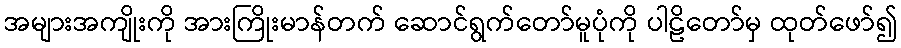
အများအကျိုးကို အားကြိုးမာန်တက် ဆောင်ရွက်တော်မူပုံကို ပါဠိတော်မှ ထုတ်ဖော်၍